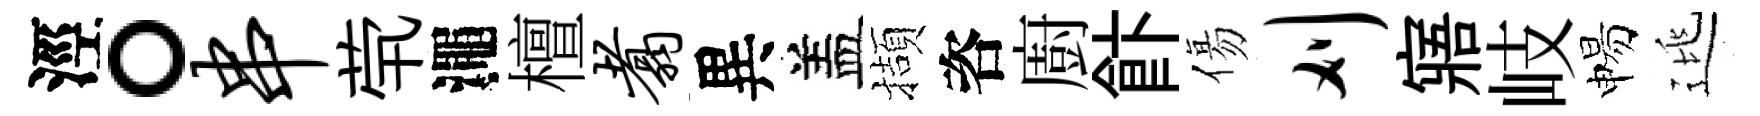
涇。串茕澠檀翥異盖擷咨廚飰傷刈寤岐惕逃